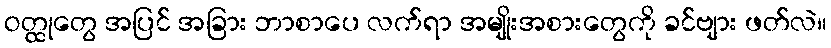
ဝတ္ထုတွေ အပြင် အခြား ဘာစာပေ လက်ရာ အမျိုးအစားတွေကို ခင်ဗျား ဖတ်လဲ။